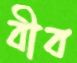
বীব